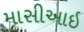
માસીઆઇ